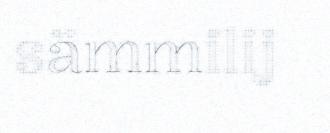
sämmilij